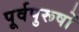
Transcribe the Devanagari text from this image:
पूर्वपुरूषों